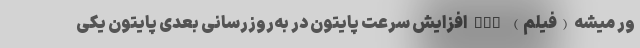
ور میشه (فیلم) nan افزایش سرعت پایتون در به‌روزرسانی بعدی پایتون یکی